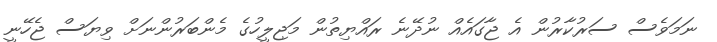
ނަމަވެސް ސަރުކާރުން އެ ޖާގައެއް ނުދޭނެ ރައްޔިތުން މަޖިލީހުގެ މެންބަރުންނަށް ވިޔަސް ޖެހޭނީ